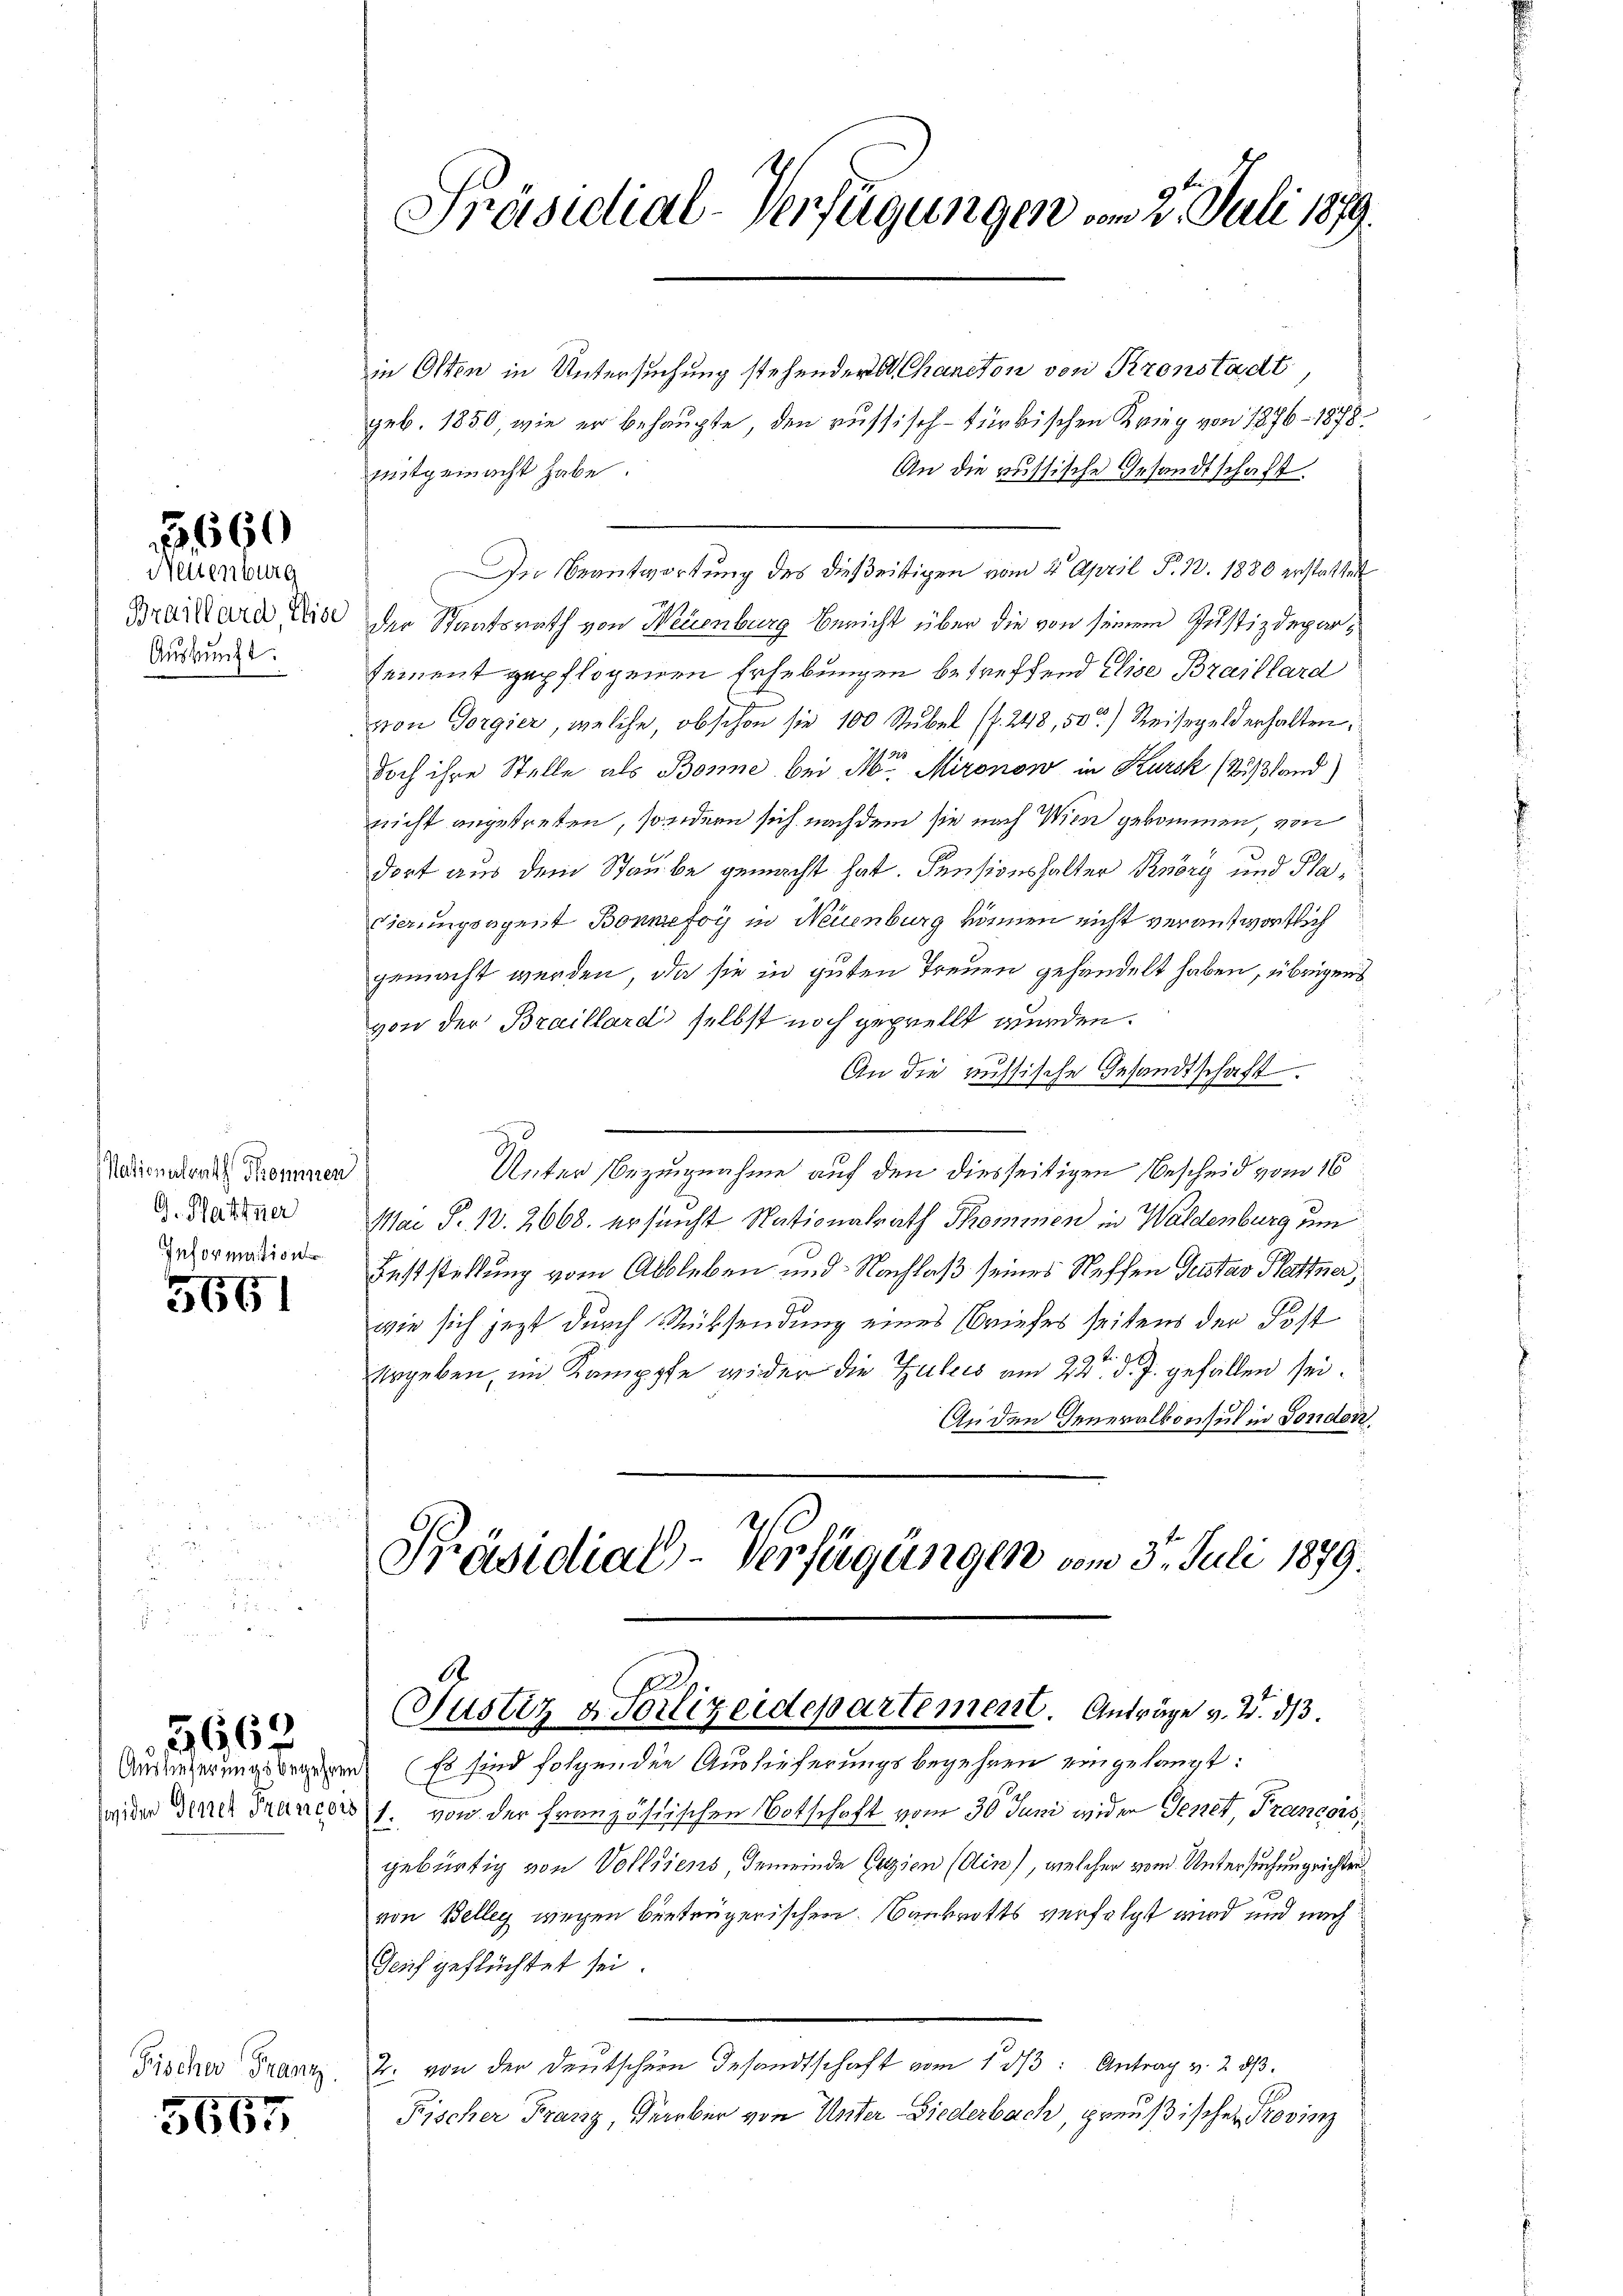
1660

Nettenburg
Braillard, Elise
Auskunft.

Nationalrath Skommen
G. Hattner
Information

5661

5662

Fischer Franz

5665

Präsidial-Verfügungen vom 2. Juli 1879.

Präsidial-Verfügungen vom 3. Juli 1879.
A
Justiz & Polizeidepartement. Anträge v. 2. ds.

in Osten in Untersuchung stehenders Chanton von Kronstadt
geb. 1850, wie er behaupte, den russisch-türkischen Krieg von 1876 - 1878.
mitgemacht habe.
An die russische Gesandtschaft.
In Beantwortung des dießeitigen vom 2. April S. 13. 1880 erstattet
der Staatsrath von Neuenburg Bericht über die von seinem Justizdeparsement gepflogenen Erhebungen betreffend Elise Braillard
von Gorgier, welche, obschon sie 100 Stubel (f. 248, 50) Reisegeld erhalten,
doch ihre Stelle als Bonne bei Mor. Mironow in Kursk (Rußland)
nicht angetreten, sondern sich nach dem sie nach Wien gekommen, von
u
dort aus dem Staube gemacht hat. Pensionshalter Knözy und Pla¬
Cierungsagent Bonnefoy in Neuenburg können nicht verantwortlich
gemacht werden, da sie in guten Treuen gehandelt haben, übrigens
von der Braillard selbst noch geprellt wurden.
An die russische Gesandtschaft

Unter Bezugnahme auf den diesseitigen Bescheid vom 16
Mar P. 10. 2668. ersucht Nationalrath Thommen in Waldenburg um
Feststellung vom Ableben und Nachlaß seines Neffen Gustav Plattner,
wie sich jezt durch Rücksendung eines Briefes seitens der Post
ergeben, im Kamppfe wider die Zuleis am 22t d. J. gefallen sei.
An den Generalkonsul in Fondon

Auderserungsbegegens (Es sind folgenden Auslieferungsbegehren eingelangt:
waider Diner Francois 1. von der französischen Botschaft vom 30. Juni wider Genet, Francors,
gebürtig von Volldiens, Gemeinde Erzien (Ain), welcher von Untersuchungrichter
.
von Belleg wegen betrügerischen Bankrotts verfolgt wird und nach
Auf geflüchtet sei.
2. von der Deutschern Gesandtschaft vom 1 dβ3: Antrag v. 2. dβ.
Fischer Franz, Färber von Unter-Diederbach, preußischer Provinz